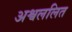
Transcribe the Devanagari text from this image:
अश्वललित